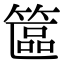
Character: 𥱸